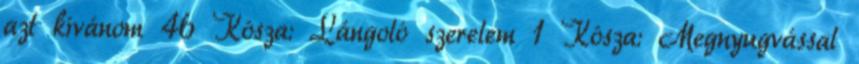
azt kívánom 46 Kósza: Lángoló szerelem 1 Kósza: Megnyugvással